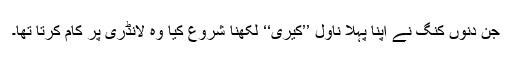
جن دنوں کنگ نے اپنا پہلا ناول ’’کیری‘‘ لکھنا شروع کیا وہ لانڈری پر کام کرتا تھا۔